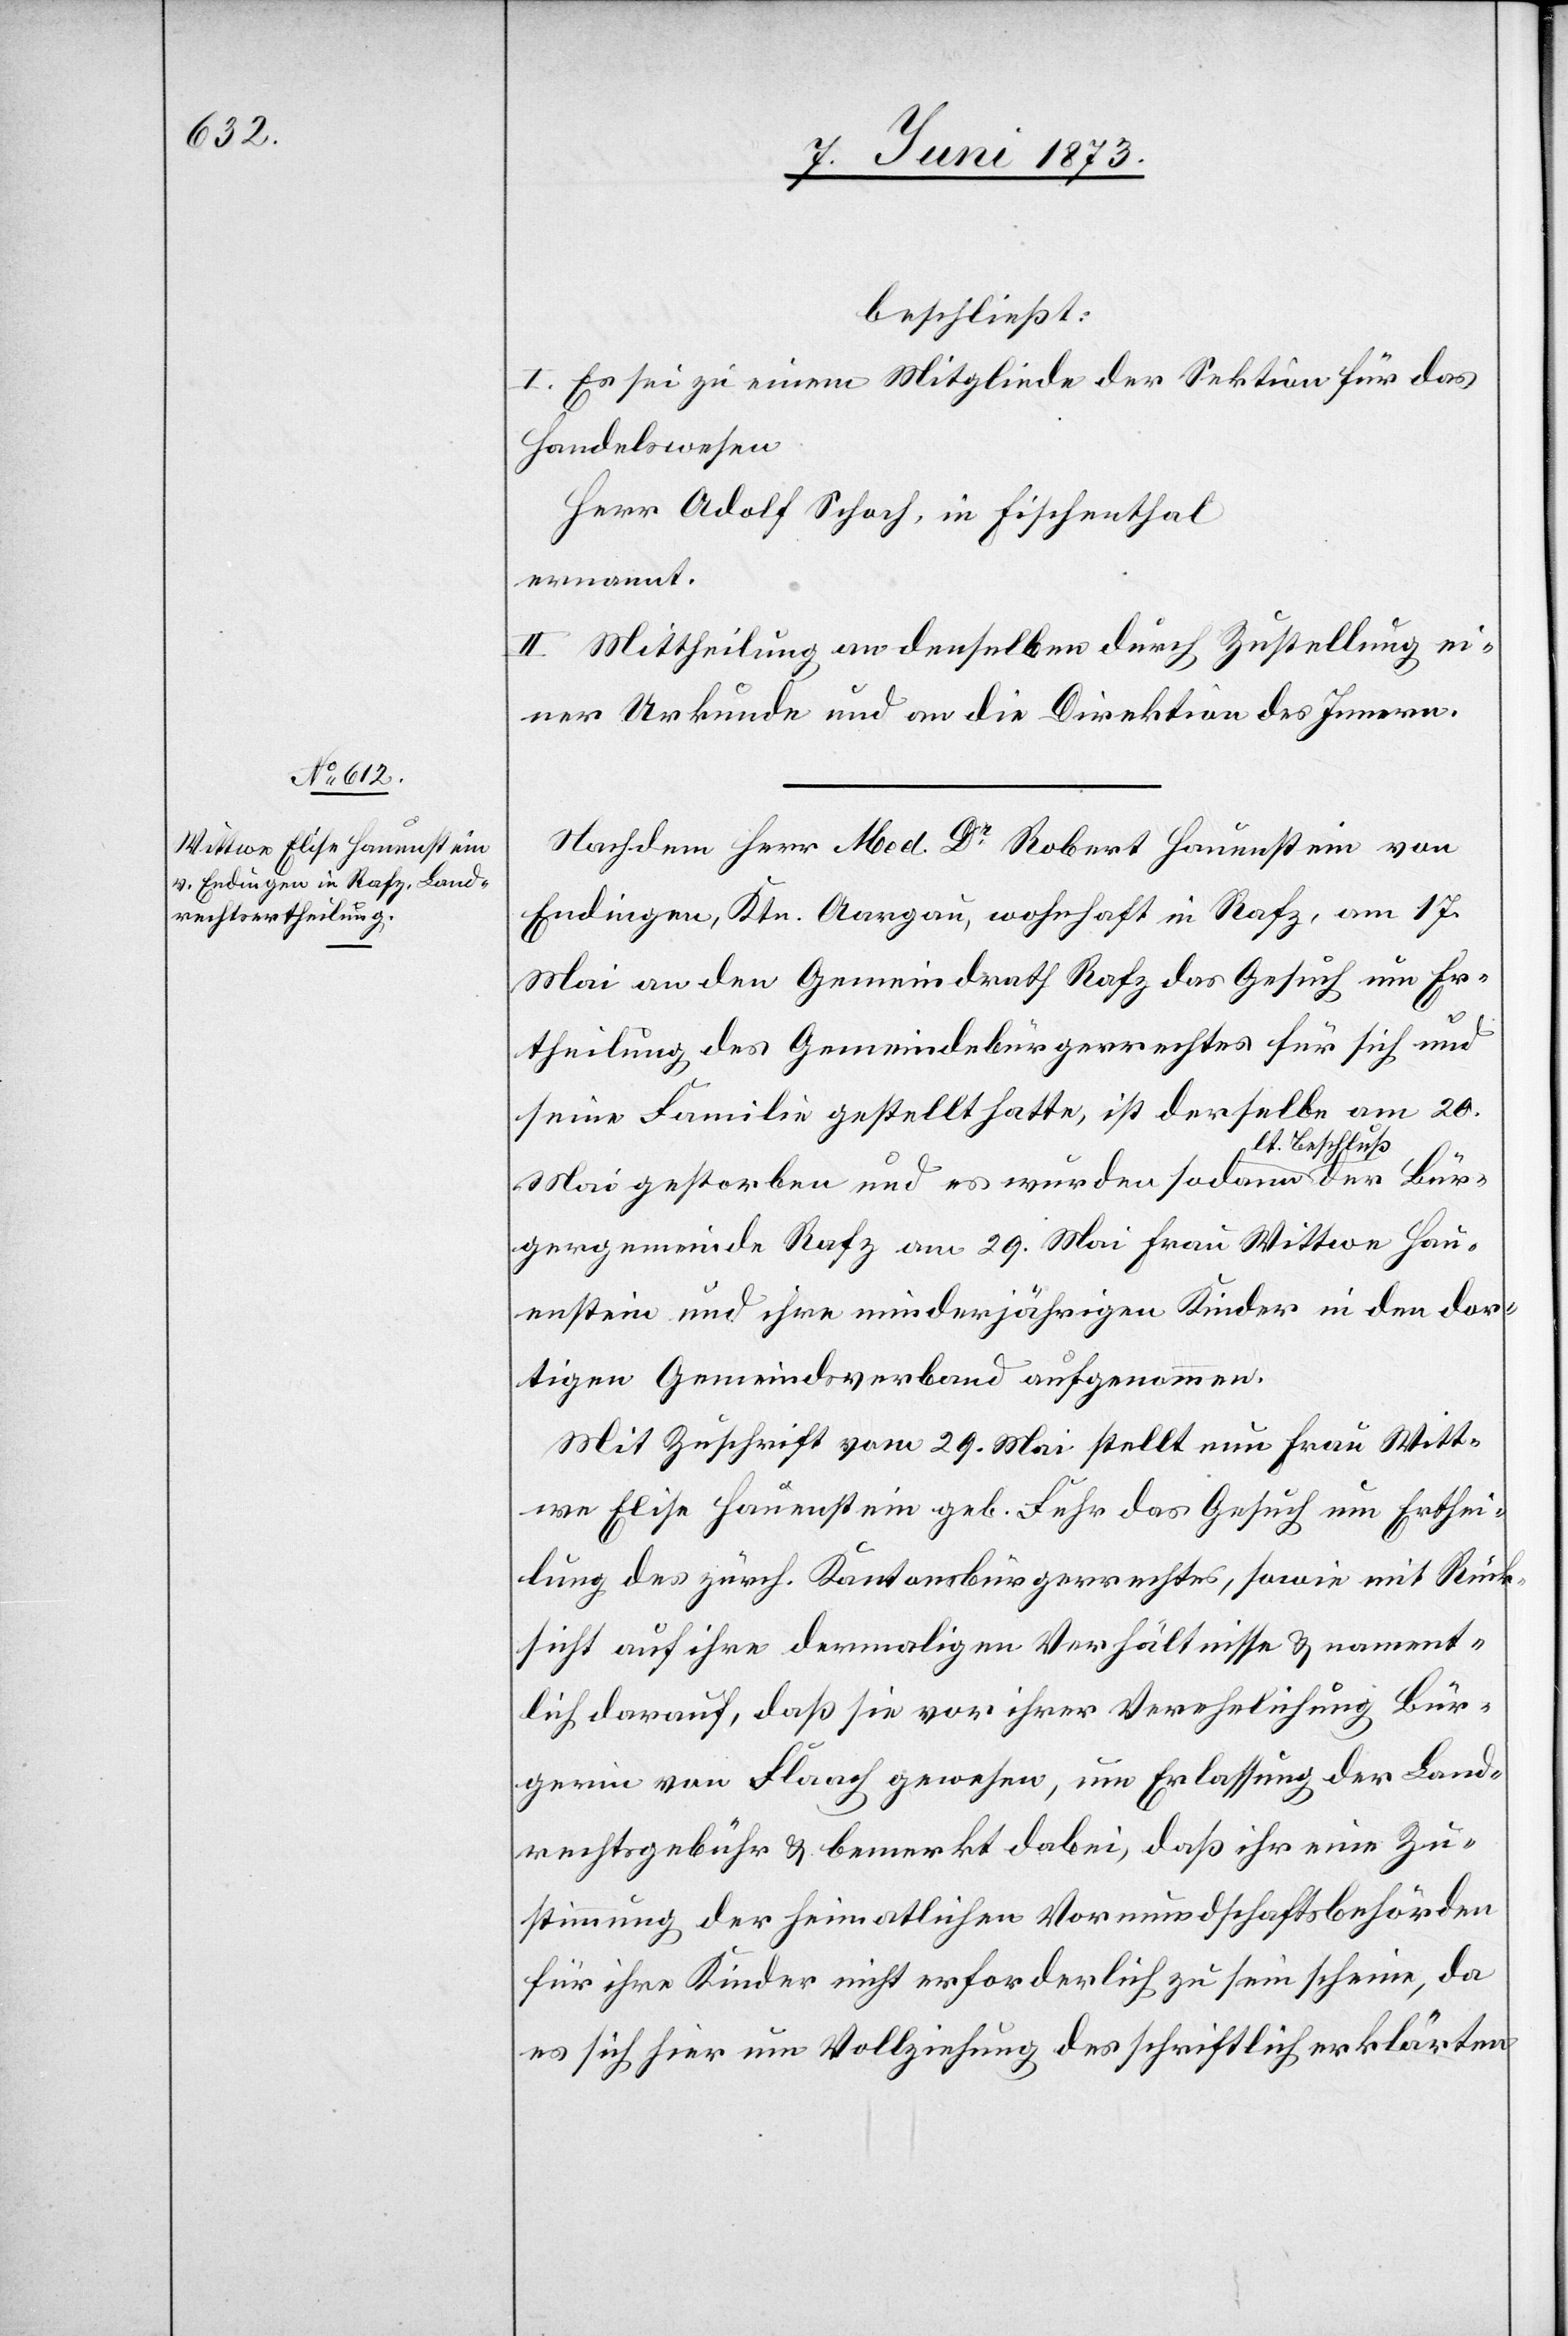
Bür¬

beschließt
I. Es sei zu einem Mitgliede der Sektion für das
Handelswesen
Herr Adolf Schoch, in Fischenthal
ernannt.
II. Mittheilung an denselben durch Zustellung ei¬
ner Urkunde und an die Direktion des Innern.
Nachdem Herr Med. Dr Robert Hauenstein von
Endingen, Ktn. Aargau, wohnhaft in Razf, am 17.
Mai an den Gemeindrath Rafz das Gesuch um Er¬
theilung des Gemeindebürgerrechtes für sich und
seine Familie gestellt hatte, ist derselbe am 20.
eschluß
Mai gestorben und es wurden sodann lt. B¬
gergemeinde Rafz am 29. Mai Frau Wittwe Hau¬
enstein und ihre minderjährigen Kinder in den dor¬
tigen Gemeindsverband aufgenommen.
Mit Zuschrift vom 29. Mai stellt nun Frau Witt¬
we Elise Hauenstein geb. Fehr das Gesuch um Erthei¬
lung des zürch. Kantonsbürgerrechtes, sowie mit Rück¬
sicht auf ihre dermaligen Verhältnisse & nament¬
lich darauf, daß sie vor ihrer Verehelichung Bür¬
gerin von Flaach gewesen, um Erlassung der Land¬
rechtsgebühr & bemerkt dabei, daß ihr eine Zu¬
stimmung der heimatlichen Vormundschaftsbehörden
für ihre Kinder nicht erforderlich zu sein scheine, da
es sich hier um Vollziehung des schriftlich erklärten